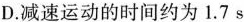
D.减速运动的时间约为1.7s